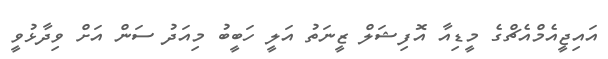
އައިޖީއެމްއެޗްގެ މީޑިއާ އޮފިޝަލް ޒީނަތު އަލީ ހަބީބު މިއަދު ސަން އަށް ވިދާޅުވީ